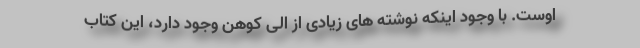
اوست. با وجود اینکه نوشته ‌های زیادی از الی کوهن وجود دارد، این کتاب